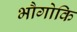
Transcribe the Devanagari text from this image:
भौगोकि